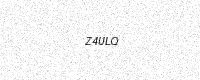
Text: Z4ULQ